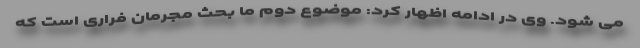
می شود. وی در ادامه اظهار کرد: موضوع دوم ما بحث مجرمان فراری است که